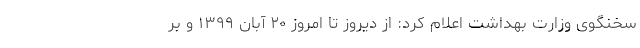
سخنگوی وزارت بهداشت اعلام کرد: از دیروز تا امروز ۲۰ آبان ۱۳۹۹ و بر